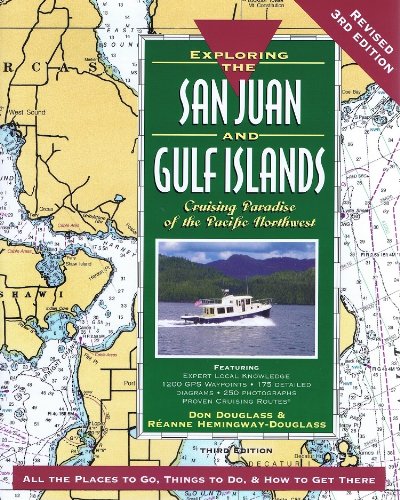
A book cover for Exploring the San Juan & Gulf Islands: Cruising Paradise of the Pacific Northwest; Don Douglass; Travel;